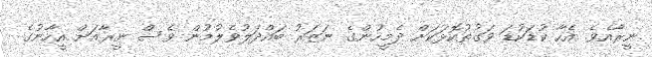
ނީރާއެވެ. އެހާ ކުޑަކުޑަ ވަގުތުކޮޅަކަށް ދެމީހުންގެ ނަޒަރު ބައްދަލުވެލުމުން ވެސް ނީރާއަށް އީހާނުގެ